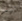
بهذ